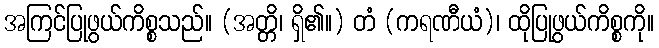
အကြင်ပြုဖွယ်ကိစ္စသည်။ (အတ္တိ၊ ရှိ၏။) တံ (ကရဏီယံ)၊ ထိုပြုဖွယ်ကိစ္စကို။